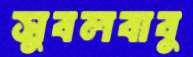
সুবলবাবু